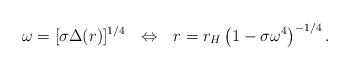
LaTeX: \begin{align*}\omega=[\sigma\Delta(r)]^{1/4}~~\Leftrightarrow~~r=r_H\left(1-\sigma\omega^{4}\right)^{-1/4}.\end{align*}